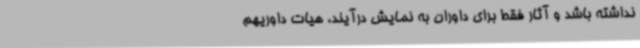
نداشته باشد و آثار فقط برای داوران به نمایش درآیند، هیات داوریهم